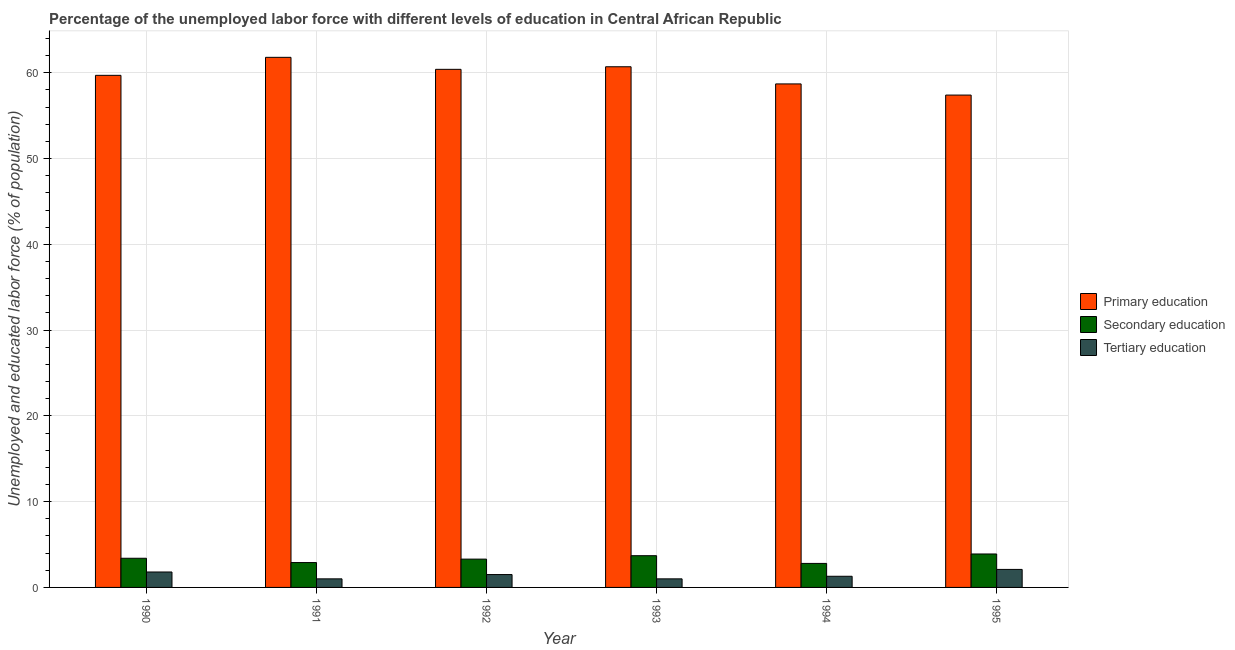
| Year | Primary education | Secondary education | Tertiary education |
 | --- | --- | --- | --- |
 | 1990 | 59.7 | 3.4 | 1.8 |
 | 1991 | 61.8 | 2.9 | 1 |
 | 1992 | 60.4 | 3.3 | 1.5 |
 | 1993 | 60.7 | 3.7 | 1 |
 | 1994 | 58.7 | 2.8 | 1.3 |
 | 1995 | 57.4 | 3.9 | 2.1 |